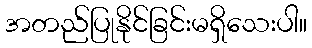
အတည်ပြုနိုင်ခြင်းမရှိသေးပါ။